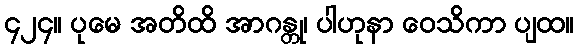
၄၂၄။ ပုမေ အတိထိ အာဂန္တု၊ ပါဟုနာ ဝေသိကာ ပျထ။